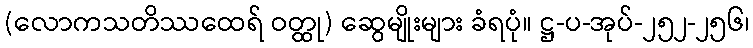
(လောကသတိဿထေရ် ဝတ္ထု) ဆွေမျိုးများ ခံရပုံ။ ဋ္ဌ-ပ-အုပ်-၂၅၂-၂၅၆၊